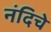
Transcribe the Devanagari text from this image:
नंदिचे